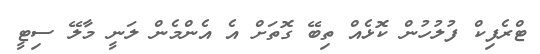
ޓްރެފިކް ފުލުހުން ކޮޅެއް ތިބޭ ގޮތަށް އެ އެންމެން ލަނީ މާލޭ ސިޓީ